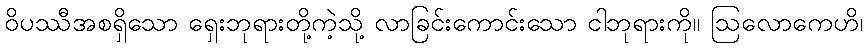
ဝိပဿီအစရှိသော ရှေးဘုရားတို့ကဲ့သို့ လာခြင်းကောင်းသော ငါဘုရားကို။ ဩလောကေဟိ၊